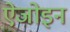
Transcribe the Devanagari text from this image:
ऐजोइन